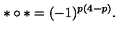
\ast \circ \ast = ( - 1 ) ^ { p ( 4 - p ) } .